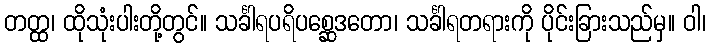
တတ္ထ၊ ထိုသုံးပါးတို့တွင်။ သင်္ခါရပရိပစ္ဆေဒတော၊ သင်္ခါရတရားကို ပိုင်းခြားသည်မှ။ ဝါ၊